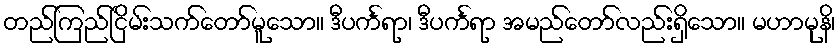
တည်ကြည်ငြိမ်းသက်တော်မူသော။ ဒီပင်္ကရာ၊ ဒီပင်္ကရာ အမည်တော်လည်းရှိသော။ မဟာမုနိ၊